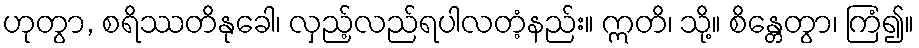
ဟုတွာ, စရိဿတိနုခေါ၊ လှည့်လည်ရပါလတံ့နည်း။ ဣတိ၊ သို့။ စိန္တေတွာ၊ ကြံ၍။